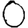
Digit: 0